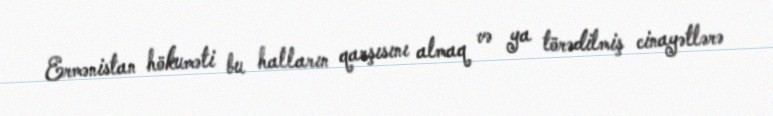
Ermənistan hökuməti bu halların qarşısını almaq və ya törədilmiş cinayətlərə